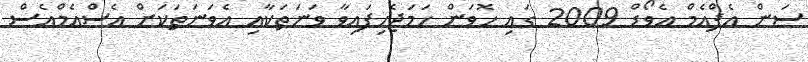
ސަން އެފްއެމް އެވޯޑް 2009 ގައި ހޮވަން ހަމަޖެހިފައިވާ ވަނަތަކާއި އެވަނަތަކަށް އެސްއެމްއެސް